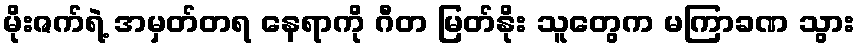
မိုးဇက်ရဲ့ အမှတ်တရ နေရာကို ဂီတ မြတ်နိုး သူတွေက မကြာခဏ သွား